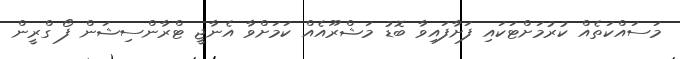
މަސައްކަތެއް ކުރުމަށްޓަކައި ފަށާފައިވާ ބޮޑު މަޝްރޫއެއް ކަމަށްވާ އެނާޖީ ޓްރާންސިޝަން ފޯ ގްރީން